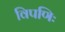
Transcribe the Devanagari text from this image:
विपणिः